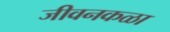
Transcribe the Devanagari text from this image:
जीवनकळा